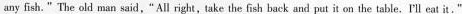
any fish." The old man said,"All right,take the fish back and put it on the table,I‘ll eat it.”